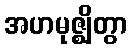
အဟမုဇ္ဈိတွာ